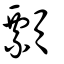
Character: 顠